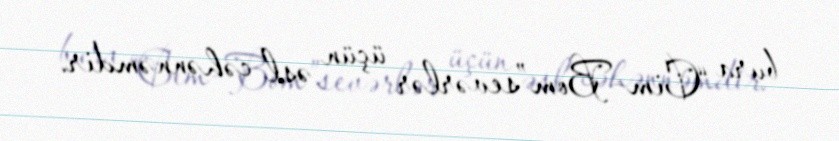
bura “Cim-Bom”sevərlər üçün əsl cəhənnəmdir.